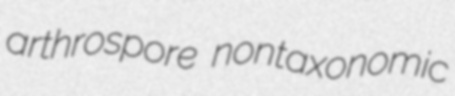
arthrospore nontaxonomic